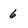
Character: 6